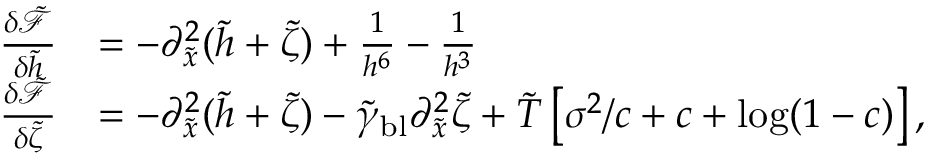
\begin{array} { r l } { \frac { \delta \tilde { \mathcal { F } } } { \delta \tilde { h } } } & { = - \partial _ { \tilde { x } } ^ { 2 } ( \tilde { h } + \tilde { \zeta } ) + \frac { 1 } { h ^ { 6 } } - \frac { 1 } { h ^ { 3 } } } \\ { \frac { \delta \tilde { \mathcal { F } } } { \delta \tilde { \zeta } } } & { = - \partial _ { \tilde { x } } ^ { 2 } ( \tilde { h } + \tilde { \zeta } ) - \tilde { \gamma } _ { \mathrm { b l } } \partial _ { \tilde { x } } ^ { 2 } \tilde { \zeta } + \tilde { T } \left[ \sigma ^ { 2 } / c + c + \log ( 1 - c ) \right] , } \end{array}